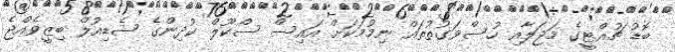
ބޮޑު ޗުއްޓީގެ މަޖަލާއި ހުސްވަގުތުތައް ނިމުމަކަށް އައިސް ސްކޫލް ކުދިންގެ ޝެޑިއުލް ބިޒީވެއްޖެ